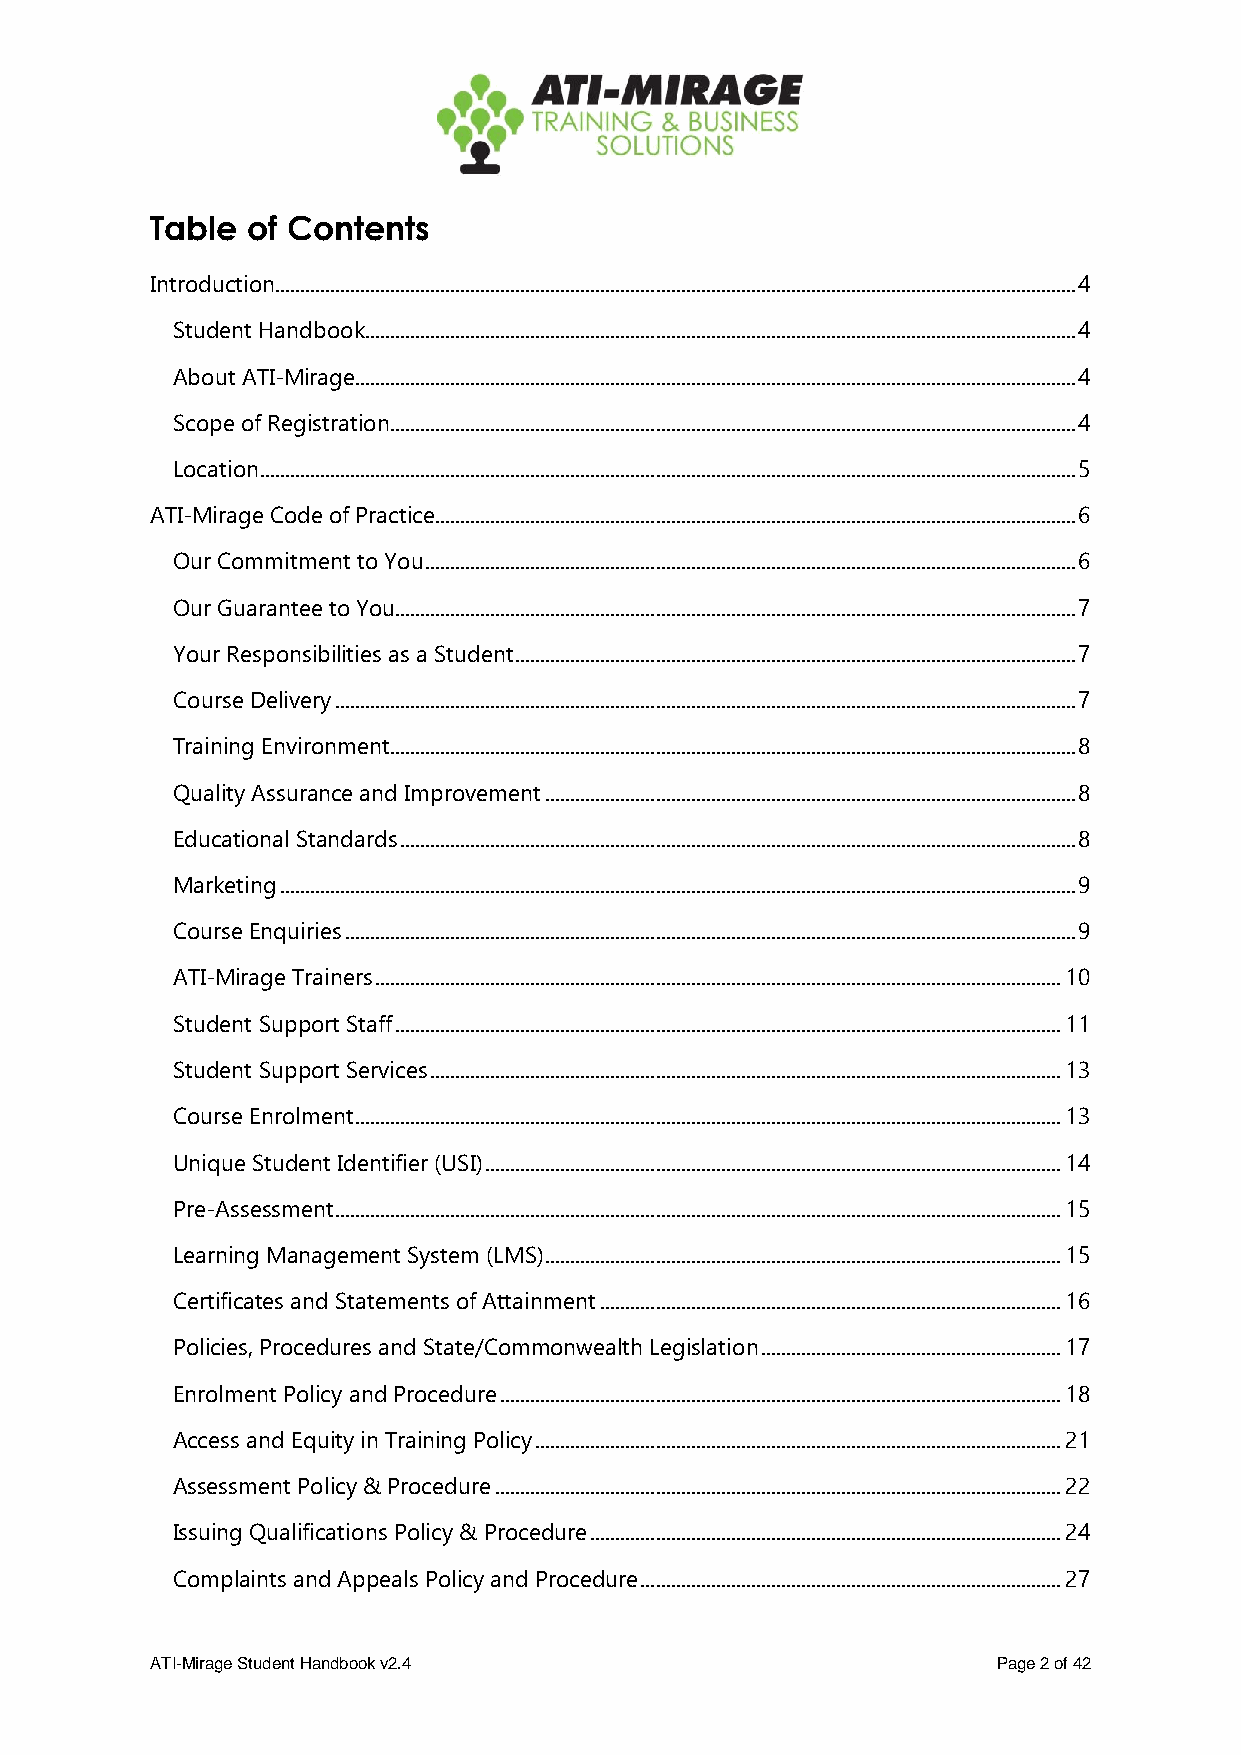
Table of Contents
 Introduction................................................................................................................................................................ 4
 Student Handbook .............................................................................................................................................. 4
 About ATI-Mirage................................................................................................................................................ 4
 Scope of Registration ......................................................................................................................................... 4
 Location ................................................................................................................................................................... 5
 ATI-Mirage Code of Practice................................................................................................................................ 6
 Our Commitment to You .................................................................................................................................. 6
 Our Guarantee to You........................................................................................................................................ 7
 Your Responsibilities as a Student ................................................................................................................ 7
 Course Delivery .................................................................................................................................................... 7
 Training Environment ......................................................................................................................................... 8
 Quality Assurance and Improvement .......................................................................................................... 8
 Educational Standards ....................................................................................................................................... 8
 Marketing ............................................................................................................................................................... 9
 Course Enquiries .................................................................................................................................................. 9
 ATI-Mirage Trainers ......................................................................................................................................... 10
 Student Support Staff ..................................................................................................................................... 11
 Student Support Services .............................................................................................................................. 13
 Course Enrolment ............................................................................................................................................. 13
 Unique Student Identifier (USI) ................................................................................................................... 14
 Pre-Assessment ................................................................................................................................................. 15
 Learning Management System (LMS) ....................................................................................................... 15
 Certificates and Statements of Attainment ............................................................................................ 16
 Policies, Procedures and State/Commonwealth Legislation ............................................................ 17
 Enrolment Policy and Procedure ................................................................................................................ 18
 Access and Equity in Training Policy ......................................................................................................... 21
 Assessment Policy & Procedure ................................................................................................................. 22
 Issuing Qualifications Policy & Procedure .............................................................................................. 24
 Complaints and Appeals Policy and Procedure .................................................................................... 27
 ATI-Mirage Student Handbook v2.4                        Page 2 of 42